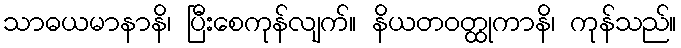
သာဓယမာနာနိ၊ ပြီးစေကုန်လျက်။ နိယတဝတ္ထုကာနိ၊ ကုန်သည်။